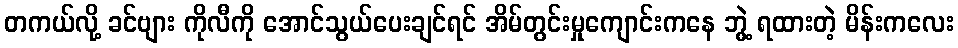
တကယ်လို့ ခင်ဗျား ကိုလီကို အောင်သွယ်ပေးချင်ရင် အိမ်တွင်းမှုကျောင်းကနေ ဘွဲ့ ရထားတဲ့ မိန်းကလေး